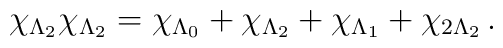
\chi_{\Lambda_2}\chi_{\Lambda_2} = \chi_{\Lambda_0}  +   \chi_{\Lambda_2} + \chi_{\Lambda_1} + \chi_{2\Lambda_2} \,.